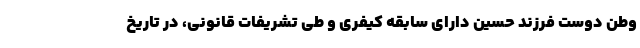
وطن دوست فرزند حسین دارای سابقه کیفری و طی تشریفات قانونی، در تاریخ